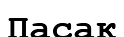
Пасак